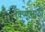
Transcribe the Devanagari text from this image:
विष्णूसाठी